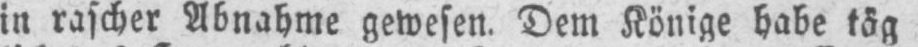
in rascher Abnahme gewesen. Dem Könige habe täg